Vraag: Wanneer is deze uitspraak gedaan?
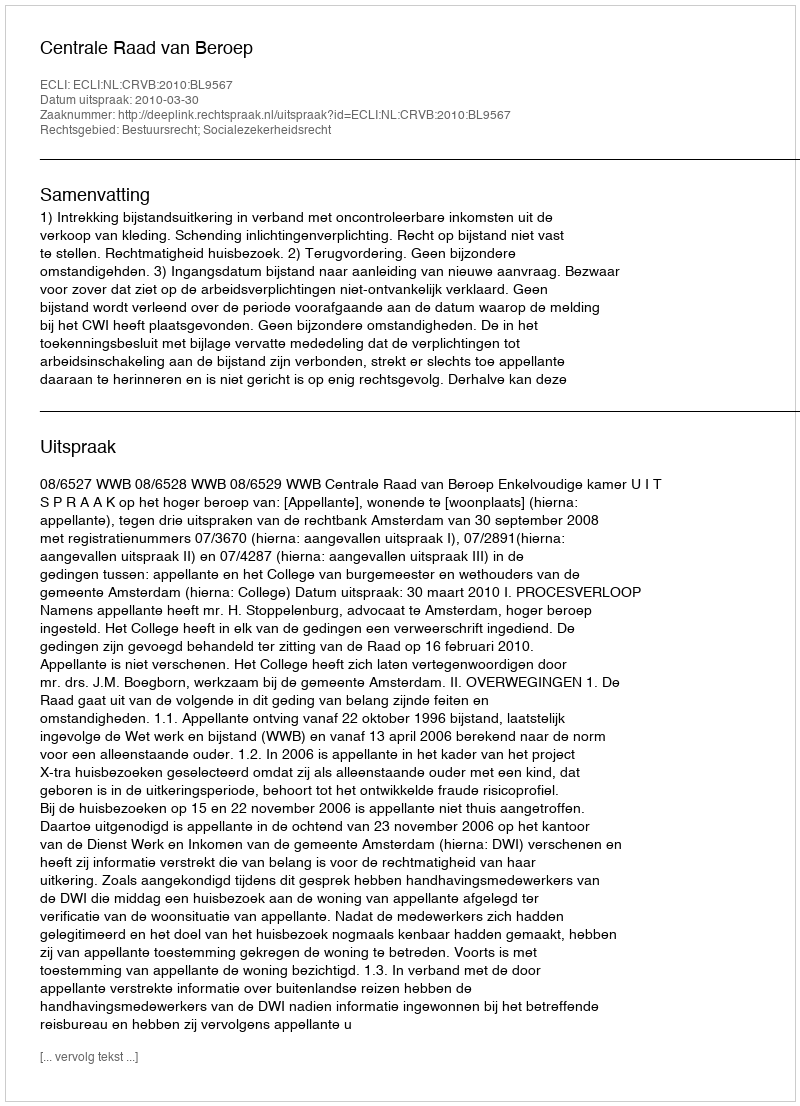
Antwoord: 2010-03-30